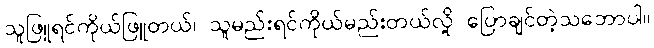
သူဖြူရင်ကိုယ်ဖြူတယ်၊ သူမည်းရင်ကိုယ်မည်းတယ်လို့ ပြောချင်တဲ့သဘောပါ။